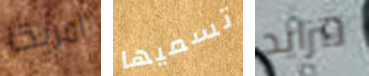
امريكا تسميها تتزايد